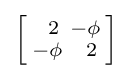
\left[{\begin{smallmatrix}\ \,2&-\phi \\-\phi &\ \,2\end{smallmatrix}}\right]